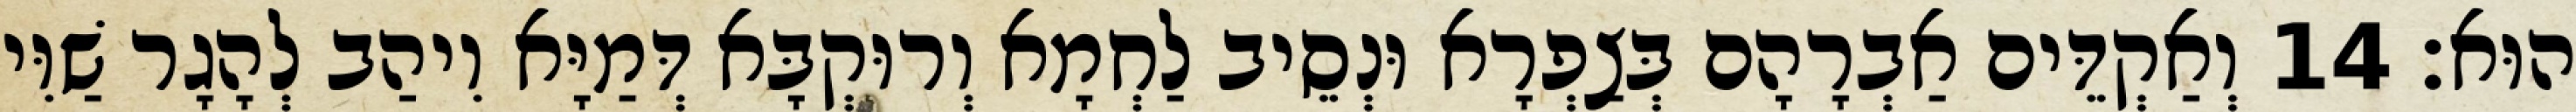
הוּא׃ 14 וְאַקְדֵּים אַבְרָהָם בְּצַפְרָא וּנְסֵיב לַחְמָא וְרוּקְבָּא דְּמַיָּא וִיהַב לְהָגָר שַׁוִּי